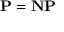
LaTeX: \mathbf { P } = \mathbf { N P }